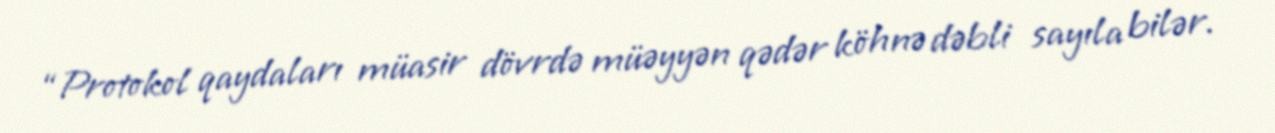
“Protokol qaydaları müasir dövrdə müəyyən qədər köhnə dəbli sayıla bilər.